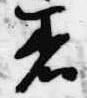
着